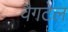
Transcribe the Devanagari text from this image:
वैगटेल